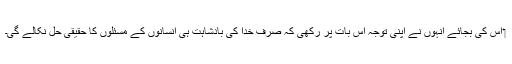
‏ اِس کی بجائے اُنہوں نے اپنی توجہ اِس بات پر رکھی کہ صرف خدا کی بادشاہت ہی اِنسانوں کے مسئلوں کا حقیقی حل نکالے گی۔